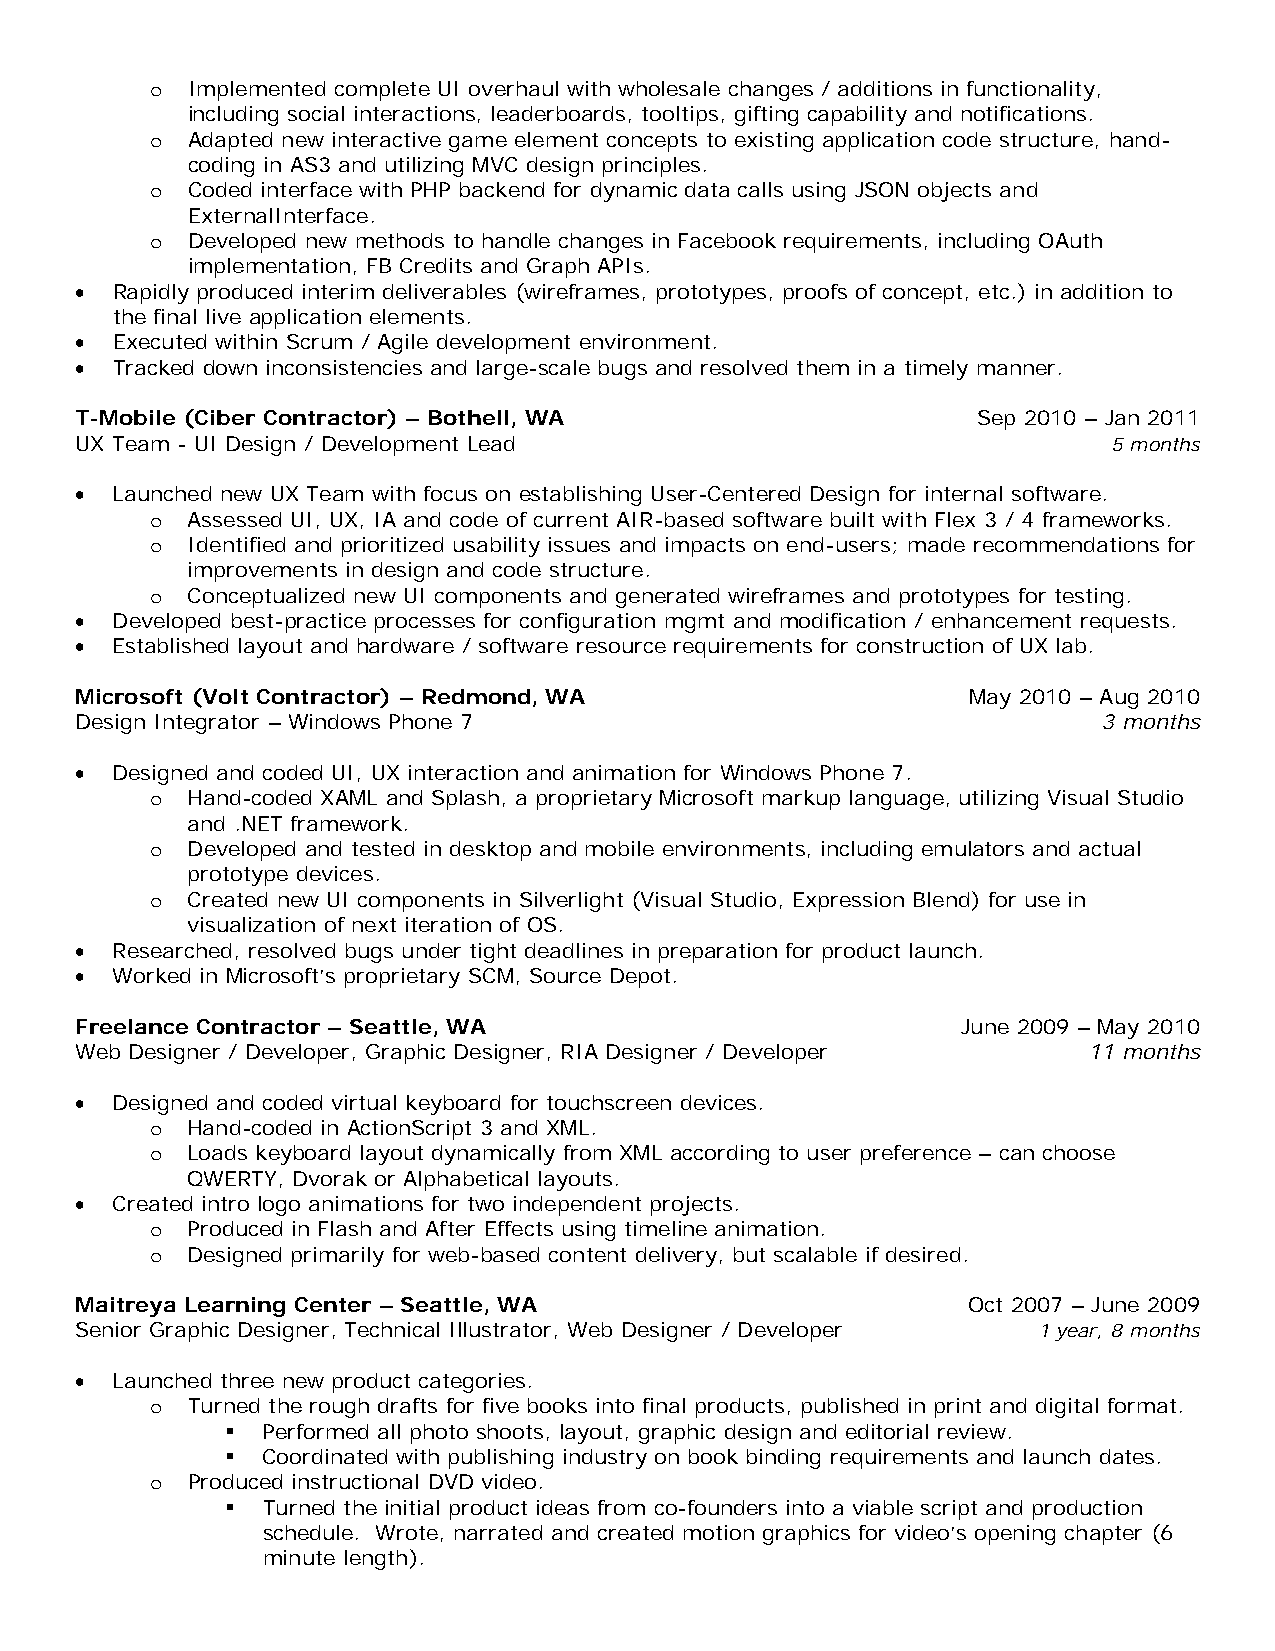
Implemented complete UI overhaul with wholesale changes / additions in functionality,
 o
 including social interactions, leaderboards, tooltips, gifting capability and notifications.
 Adapted new interactive game element concepts to existing application code structure, hand-
 o
 coding in AS3 and utilizing MVC design principles.
 Coded interface with PHP backend for dynamic data calls using JSON objects and
 o
 ExternalInterface.
 Developed new methods to handle changes in Facebook requirements, including OAuth
 o
 implementation, FB Credits and Graph APIs.
 • Rapidly produced interim deliverables (wireframes, prototypes, proofs of concept, etc.) in addition to
 the final live application elements.
 • Executed within Scrum / Agile development environment.
 • Tracked down inconsistencies and large-scale bugs and resolved them in a timely manner.
 T-Mobile (Ciber Contractor) – Bothell, WA                   Sep 2010 – Jan 2011
 UX Team - UI Design / Development Lead                               5 months
 • Launched new UX Team with focus on establishing User-Centered Design for internal software.
 Assessed UI, UX, IA and code of current AIR-based software built with Flex 3 / 4 frameworks.
 o
 Identified and prioritized usability issues and impacts on end-users; made recommendations for
 o
 improvements in design and code structure.
 Conceptualized new UI components and generated wireframes and prototypes for testing.
 o
 • Developed best-practice processes for configuration mgmt and modification / enhancement requests.
 • Established layout and hardware / software resource requirements for construction of UX lab.
 Microsoft (Volt Contractor) – Redmond, WA                  May 2010 – Aug 2010
 Design Integrator – Windows Phone 7                                 3 months
 • Designed and coded UI, UX interaction and animation for Windows Phone 7.
 Hand-coded XAML and Splash, a proprietary Microsoft markup language, utilizing Visual Studio
 o
 and .NET framework.
 Developed and tested in desktop and mobile environments, including emulators and actual
 o
 prototype devices.
 Created new UI components in Silverlight (Visual Studio, Expression Blend) for use in
 o
 visualization of next iteration of OS.
 • Researched, resolved bugs under tight deadlines in preparation for product launch.
 • Worked in Microsoft’s proprietary SCM, Source Depot.
 Freelance Contractor – Seattle, WA                         June 2009 – May 2010
 Web Designer / Developer, Graphic Designer, RIA Designer / Developer 11 months
 • Designed and coded virtual keyboard for touchscreen devices.
 Hand-coded in ActionScript 3 and XML.
 o
 Loads keyboard layout dynamically from XML according to user preference – can choose
 o
 QWERTY, Dvorak or Alphabetical layouts.
 • Created intro logo animations for two independent projects.
 Produced in Flash and After Effects using timeline animation.
 o
 Designed primarily for web-based content delivery, but scalable if desired.
 o
 Maitreya Learning Center – Seattle, WA                     Oct 2007 – June 2009
 Senior Graphic Designer, Technical Illustrator, Web Designer / Developer 1 year, 8 months
 • Launched three new product categories.
 Turned the rough drafts for five books into final products, published in print and digital format.
 o
  Performed all photo shoots, layout, graphic design and editorial review.
  Coordinated with publishing industry on book binding requirements and launch dates.
 Produced instructional DVD video.
 o
  Turned the initial product ideas from co-founders into a viable script and production
 schedule. Wrote, narrated and created motion graphics for video’s opening chapter (6
 minute length).